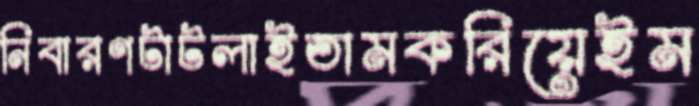
নিবারণটাটলাইতামকরিয়েইম